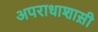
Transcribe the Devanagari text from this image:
अपराधाशास़ी